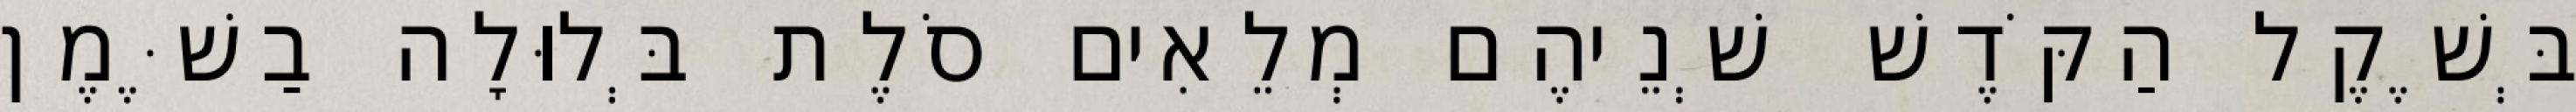
בְּשֶׁקֶל הַקֹּדֶשׁ שְׁנֵיהֶם מְלֵאִים סֹלֶת בְּלוּלָה בַשֶּׁמֶן